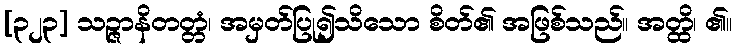
[၃၂၃] သဉ္ဇာနိတတ္တံ၊ အမှတ်ပြု၍သိသော စိတ်၏ အဖြစ်သည်။ အတ္ထိ၊ ၏။